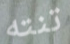
تنته